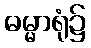
ဓမ္မာရုံ၌